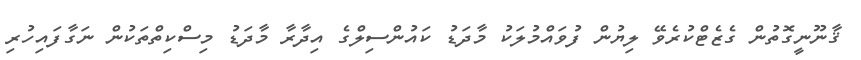
ޤާނޫނީގޮތުން ގެޒެޓްކުރެވޭ ލިޔުން ފުވައްމުލަކު މާދަޑު ކައުންސިލްގެ އިދާރާ މާދަޑު މިސްކިތްތަކުން ނަގާފައިހުރި